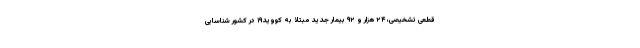
قطعی تشخیصی، ۲۴ هزار و ۹۲ بیمار جدید مبتلا به کووید۱۹ در کشور شناسایی